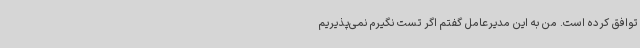
توافق کرده‌ است. من به این مدیرعامل گفتم اگر تست نگیرم نمی‌پذیریم